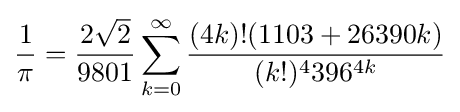
{\frac {1}{\pi }}={\frac {2{\sqrt {2}}}{9801}}\sum _{k=0}^{\infty }{\frac {(4k)!(1103+26390k)}{(k!)^{4}396^{4k}}}